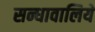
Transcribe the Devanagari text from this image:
सन्धावालिये